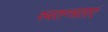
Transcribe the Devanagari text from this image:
स्वतन्त्रताएं